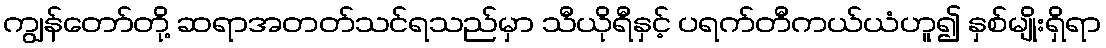
ကျွန်တော်တို့ ဆရာအတတ်သင်ရသည်မှာ သီယိုရီနှင့် ပရက်တီကယ်ယံဟူ၍ နှစ်မျိုးရှိရာ